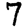
Digit: 7